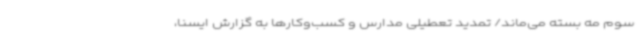
سوم مه بسته می‌ماند/ تمدید تعطیلی مدارس و کسب‌وکارها به گزارش ایسنا،